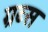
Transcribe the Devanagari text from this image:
ग्रब्स